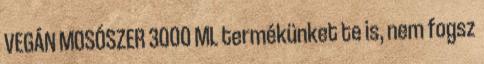
VEGÁN MOSÓSZER 3000 ML termékünket te is, nem fogsz